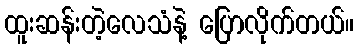
ထူးဆန်းတဲ့လေသံနဲ့ ပြောလိုက်တယ်။